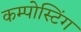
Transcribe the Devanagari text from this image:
कम्पोस्टिंग